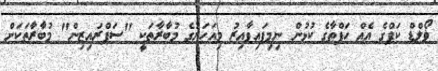
ޥޯލްޑް ކަޕްގެ އެއް ހަފްތާގެ ކުޅުން ނިމިފައިވާއިރު މިއަހަރުގެ މުބާރާތަކީ "ސަޕްރައިޒިން" މުބާރާތަކަށް